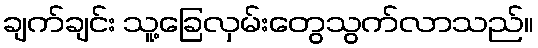
ချက်ချင်း သူ့ခြေလှမ်းတွေသွက်လာသည်။